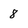
Character: 8